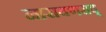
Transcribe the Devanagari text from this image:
नारायणराव्